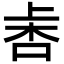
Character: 𣑾